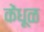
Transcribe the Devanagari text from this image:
केंधूळ